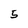
Character: 5